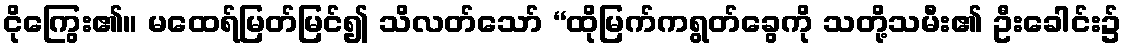
ငိုကြွေး၏။ မထေရ်မြတ်မြင်၍ သိလတ်သော် “ထိုမြက်ကရွတ်ခွေကို သတို့သမီး၏ ဦးခေါင်း၌